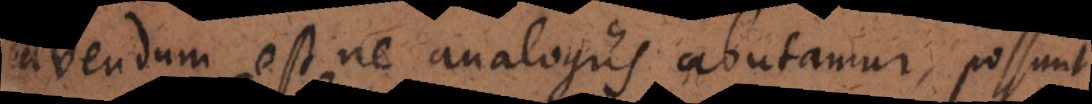
avendum est, ne analogiis abutamur, possunt